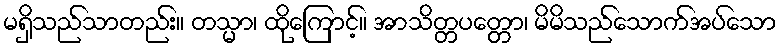
မရှိသည်သာတည်း။ တသ္မာ၊ ထိုကြောင့်။ အာသိတ္တပတ္တော၊ မိမိသည်သောက်အပ်သော